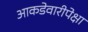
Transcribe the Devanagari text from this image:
आकडेवारीपेक्षा